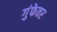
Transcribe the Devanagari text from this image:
गुंफेवर